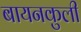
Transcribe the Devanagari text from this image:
बायनकुली